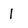
Character: 1